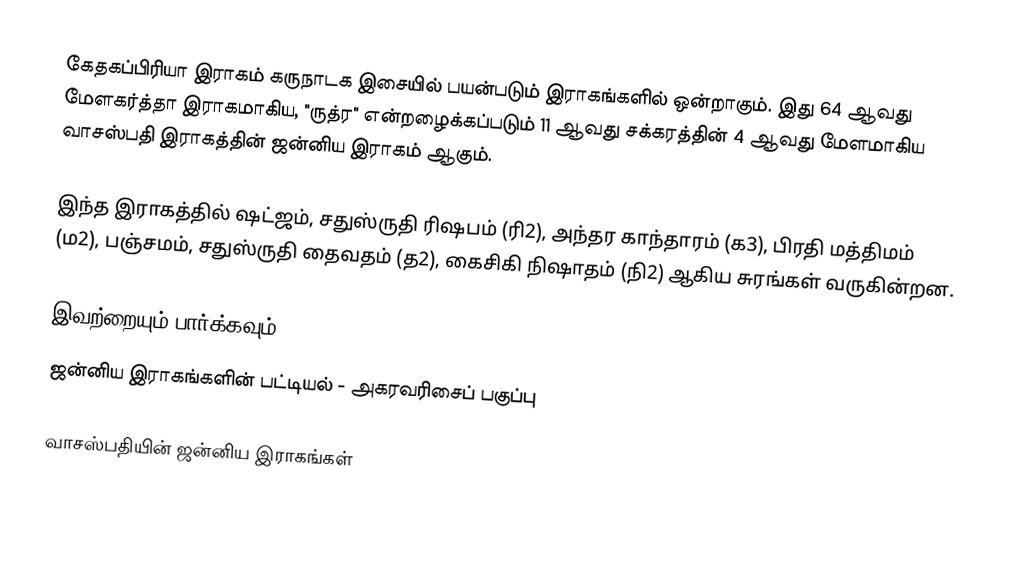
கேதகப்பிரியா இராகம் கருநாடக இசையில் பயன்படும் இராகங்களில் ஒன்றாகும். இது 64 ஆவது மேளகர்த்தா இராகமாகிய, "ருத்ர" என்றழைக்கப்படும் 11 ஆவது சக்கரத்தின் 4 ஆவது மேளமாகிய வாசஸ்பதி இராகத்தின் ஜன்னிய இராகம் ஆகும்.

இந்த இராகத்தில் ஷட்ஜம், சதுஸ்ருதி ரிஷபம் (ரி2),  அந்தர காந்தாரம் (க3), பிரதி மத்திமம் (ம2), பஞ்சமம்,  சதுஸ்ருதி தைவதம் (த2), கைசிகி நிஷாதம்  (நி2) ஆகிய சுரங்கள் வருகின்றன.

இவற்றையும் பார்க்கவும்
 ஜன்னிய இராகங்களின் பட்டியல் - அகரவரிசைப் பகுப்பு

வாசஸ்பதியின் ஜன்னிய இராகங்கள்